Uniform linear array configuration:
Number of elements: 24
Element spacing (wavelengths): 0.5
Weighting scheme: binomial
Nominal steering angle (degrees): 60
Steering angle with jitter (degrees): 59.698
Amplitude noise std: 0.05
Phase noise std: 0.05

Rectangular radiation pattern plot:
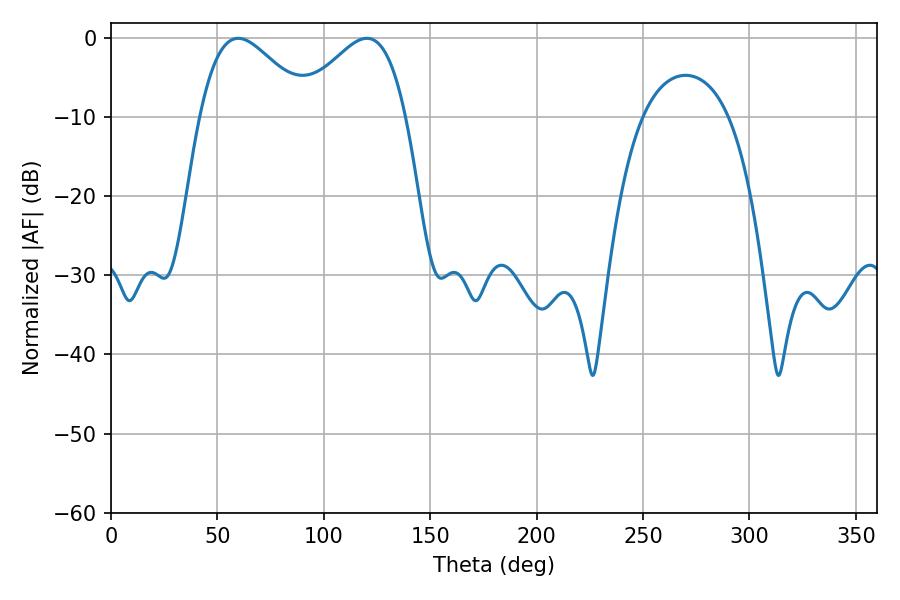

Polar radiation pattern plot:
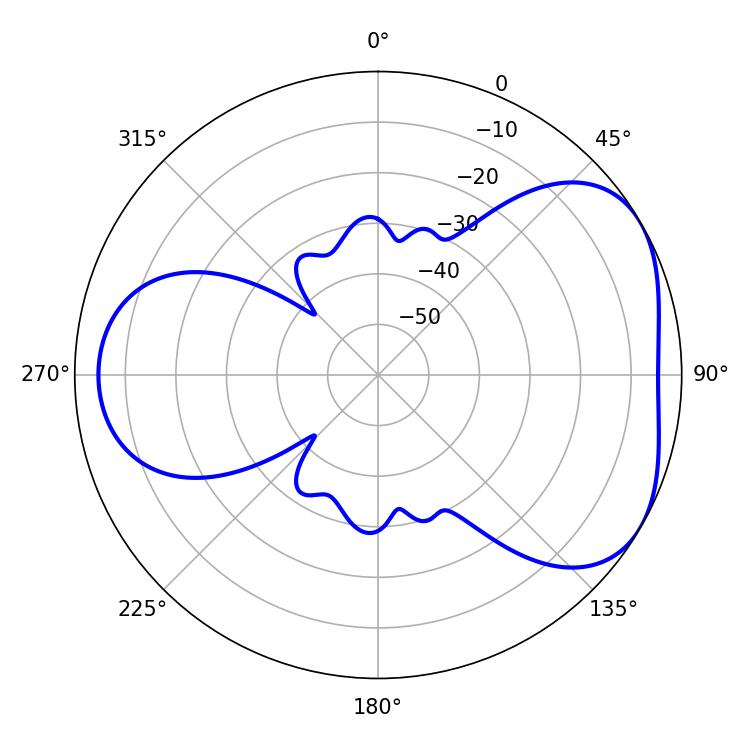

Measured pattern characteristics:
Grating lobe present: FALSE
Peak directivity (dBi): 4.404
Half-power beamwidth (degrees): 27.72
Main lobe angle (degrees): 59.76